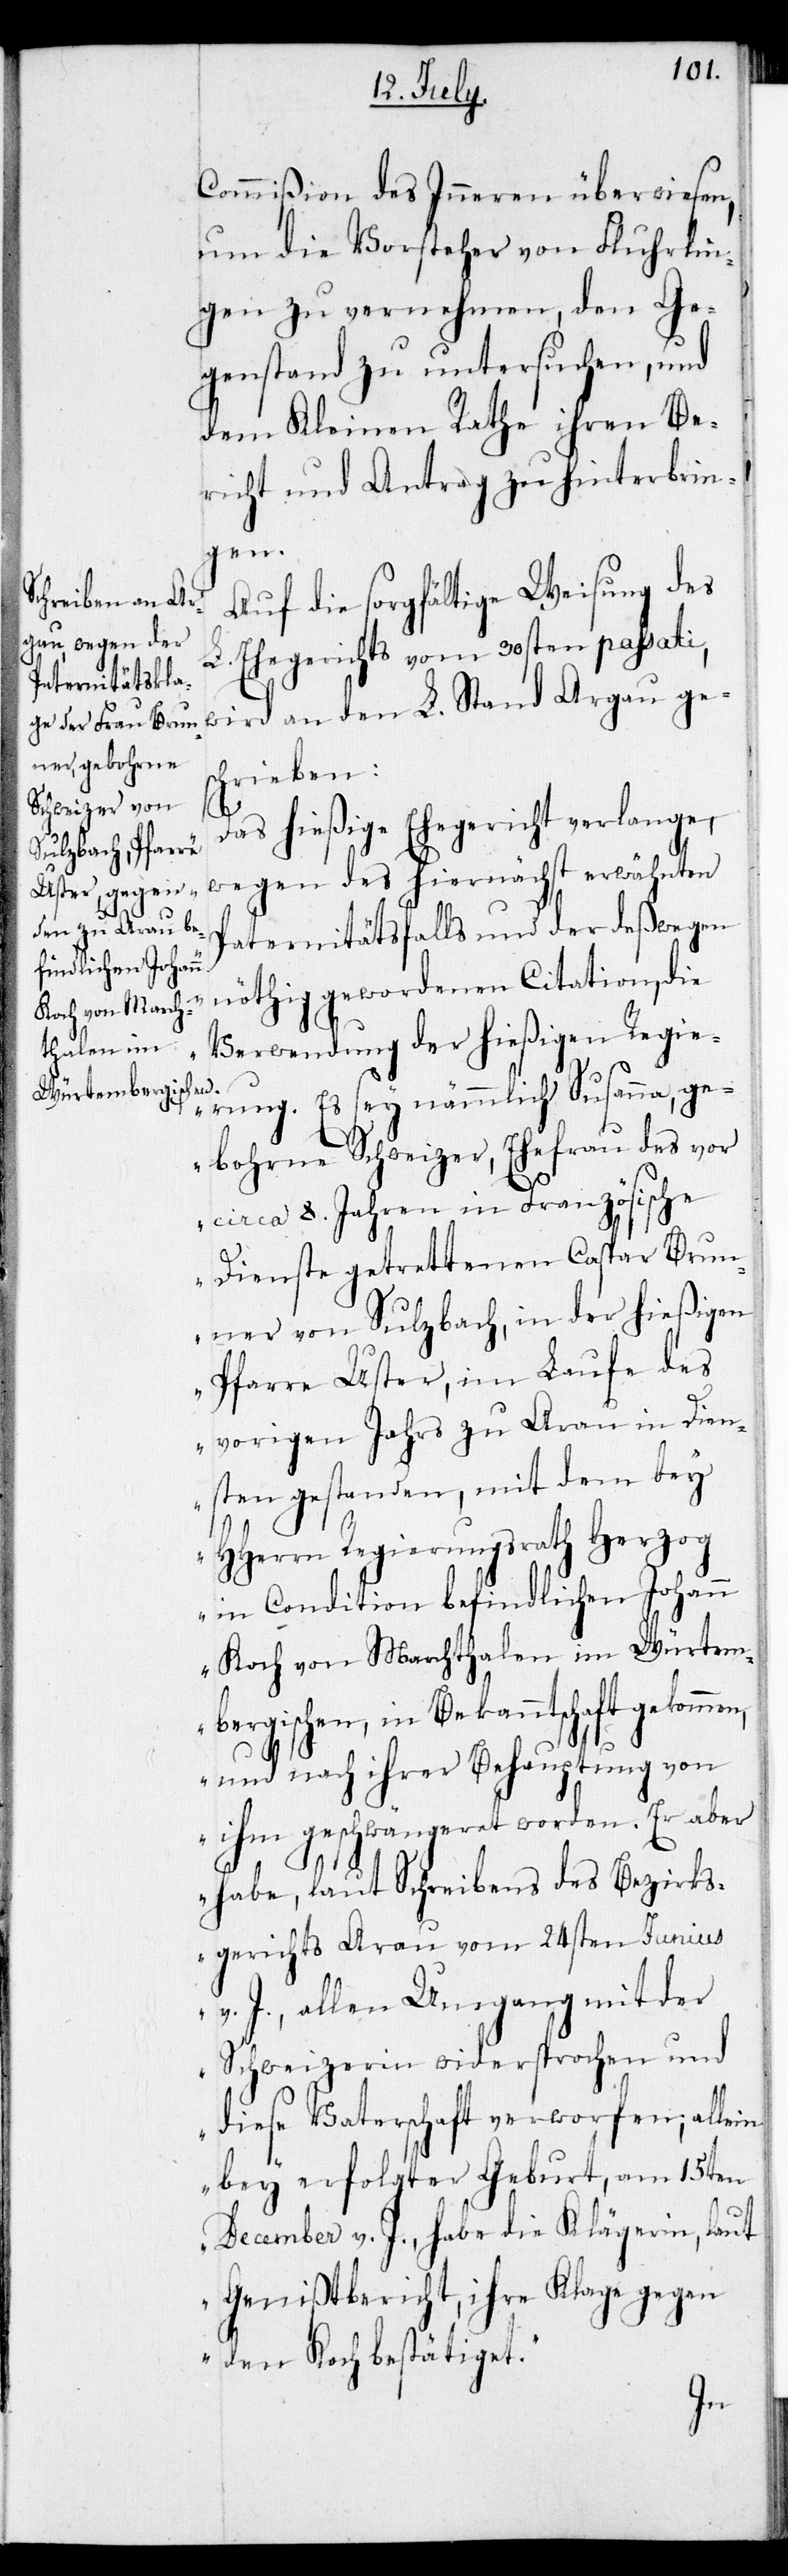
Commißion des Inneren überwiesen,
um die Vorsteher von Fluhrlin¬
gen zu vernehmen, den Ge¬
genstand zu untersuchen, und
dem Kleinen Rathe ihren Be¬
richt und Antrag zu hinterbrin¬
gen.
Auf die sorgfältige Weisung des
L. Ehegerichts vom 30sten passati,
wird an den L. Stand Argau ge¬
schrieben:
„Das hießige Ehegericht verlange,
wegen des hiernächst erwähnten
Paternitätsfalls und der deßwegen
nöthig gewordenen Citation, die
Verwendung der hießigen Regie¬
rung. Es sey nämmlich Susanna, ge¬
bohrne Schweizer, Ehefrau des vor
circa 8. Jahren in Französische
Dienste getrettenen Caspar Brun¬
ner von Sulzbach, in der hießigen
Pfarre Uster, im Laufe des
vorigen Jahrs zu Arau in Dien¬
sten gestanden, mit dem bey
HHerrn Regierungsrath Herzog
in Condition befindliche Johann
Koch von Marchthalen im Würtem¬
bergischen, in Bekanntschaft gekommen,
und nach ihrer Behauptung von
ihm geschwängeret worden. Er aber
habe, laut Schreibens des Bezirks¬
gerichts Arau vom 24sten Junius
v. J., allen Umgang mit der
Schweizerin widersprochen und
diese Vaterschaft verworfen; allein
bey erfolgter Geburt, am 15ten
December v. J. habe die Klägerin, laut
Genißtbericht, ihre Klage gegen
den Koch bestätiget.